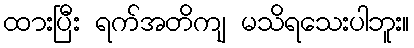
ထားပြီး ရက်အတိကျ မသိရသေးပါဘူး။